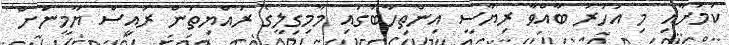
ކަމަށާއި މި އަހަރު ބާއްވާ ރިޔާސީ އިންތިހާބުގައި މާމިގިލީގެ ރައްޔިތުން ރައީސް ޔާމީނަށް